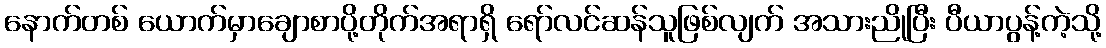
နောက်တစ် ယောက်မှာချောစာပို့တိုက်အရာရှိ ရော်လင်ဆန်သူဖြစ်လျက် အသားညိုပြီး ပီယာပွန့်ကဲ့သို့